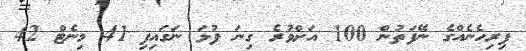
ފިރިހެނެއްގެ ނޭފަތުން 100 އަށްވުރެ ގިނަ ފުޅަ ނަގައިފި 41 މިނެޓް 42